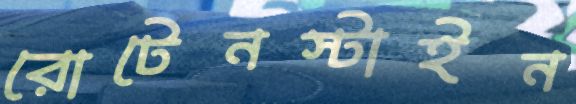
রোটেনস্টাইন